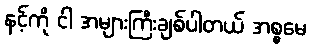
နင့်ကို ငါ အများကြီးချစ်ပါတယ် အစ္စမေ